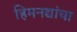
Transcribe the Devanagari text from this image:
हिमनद्यांचा